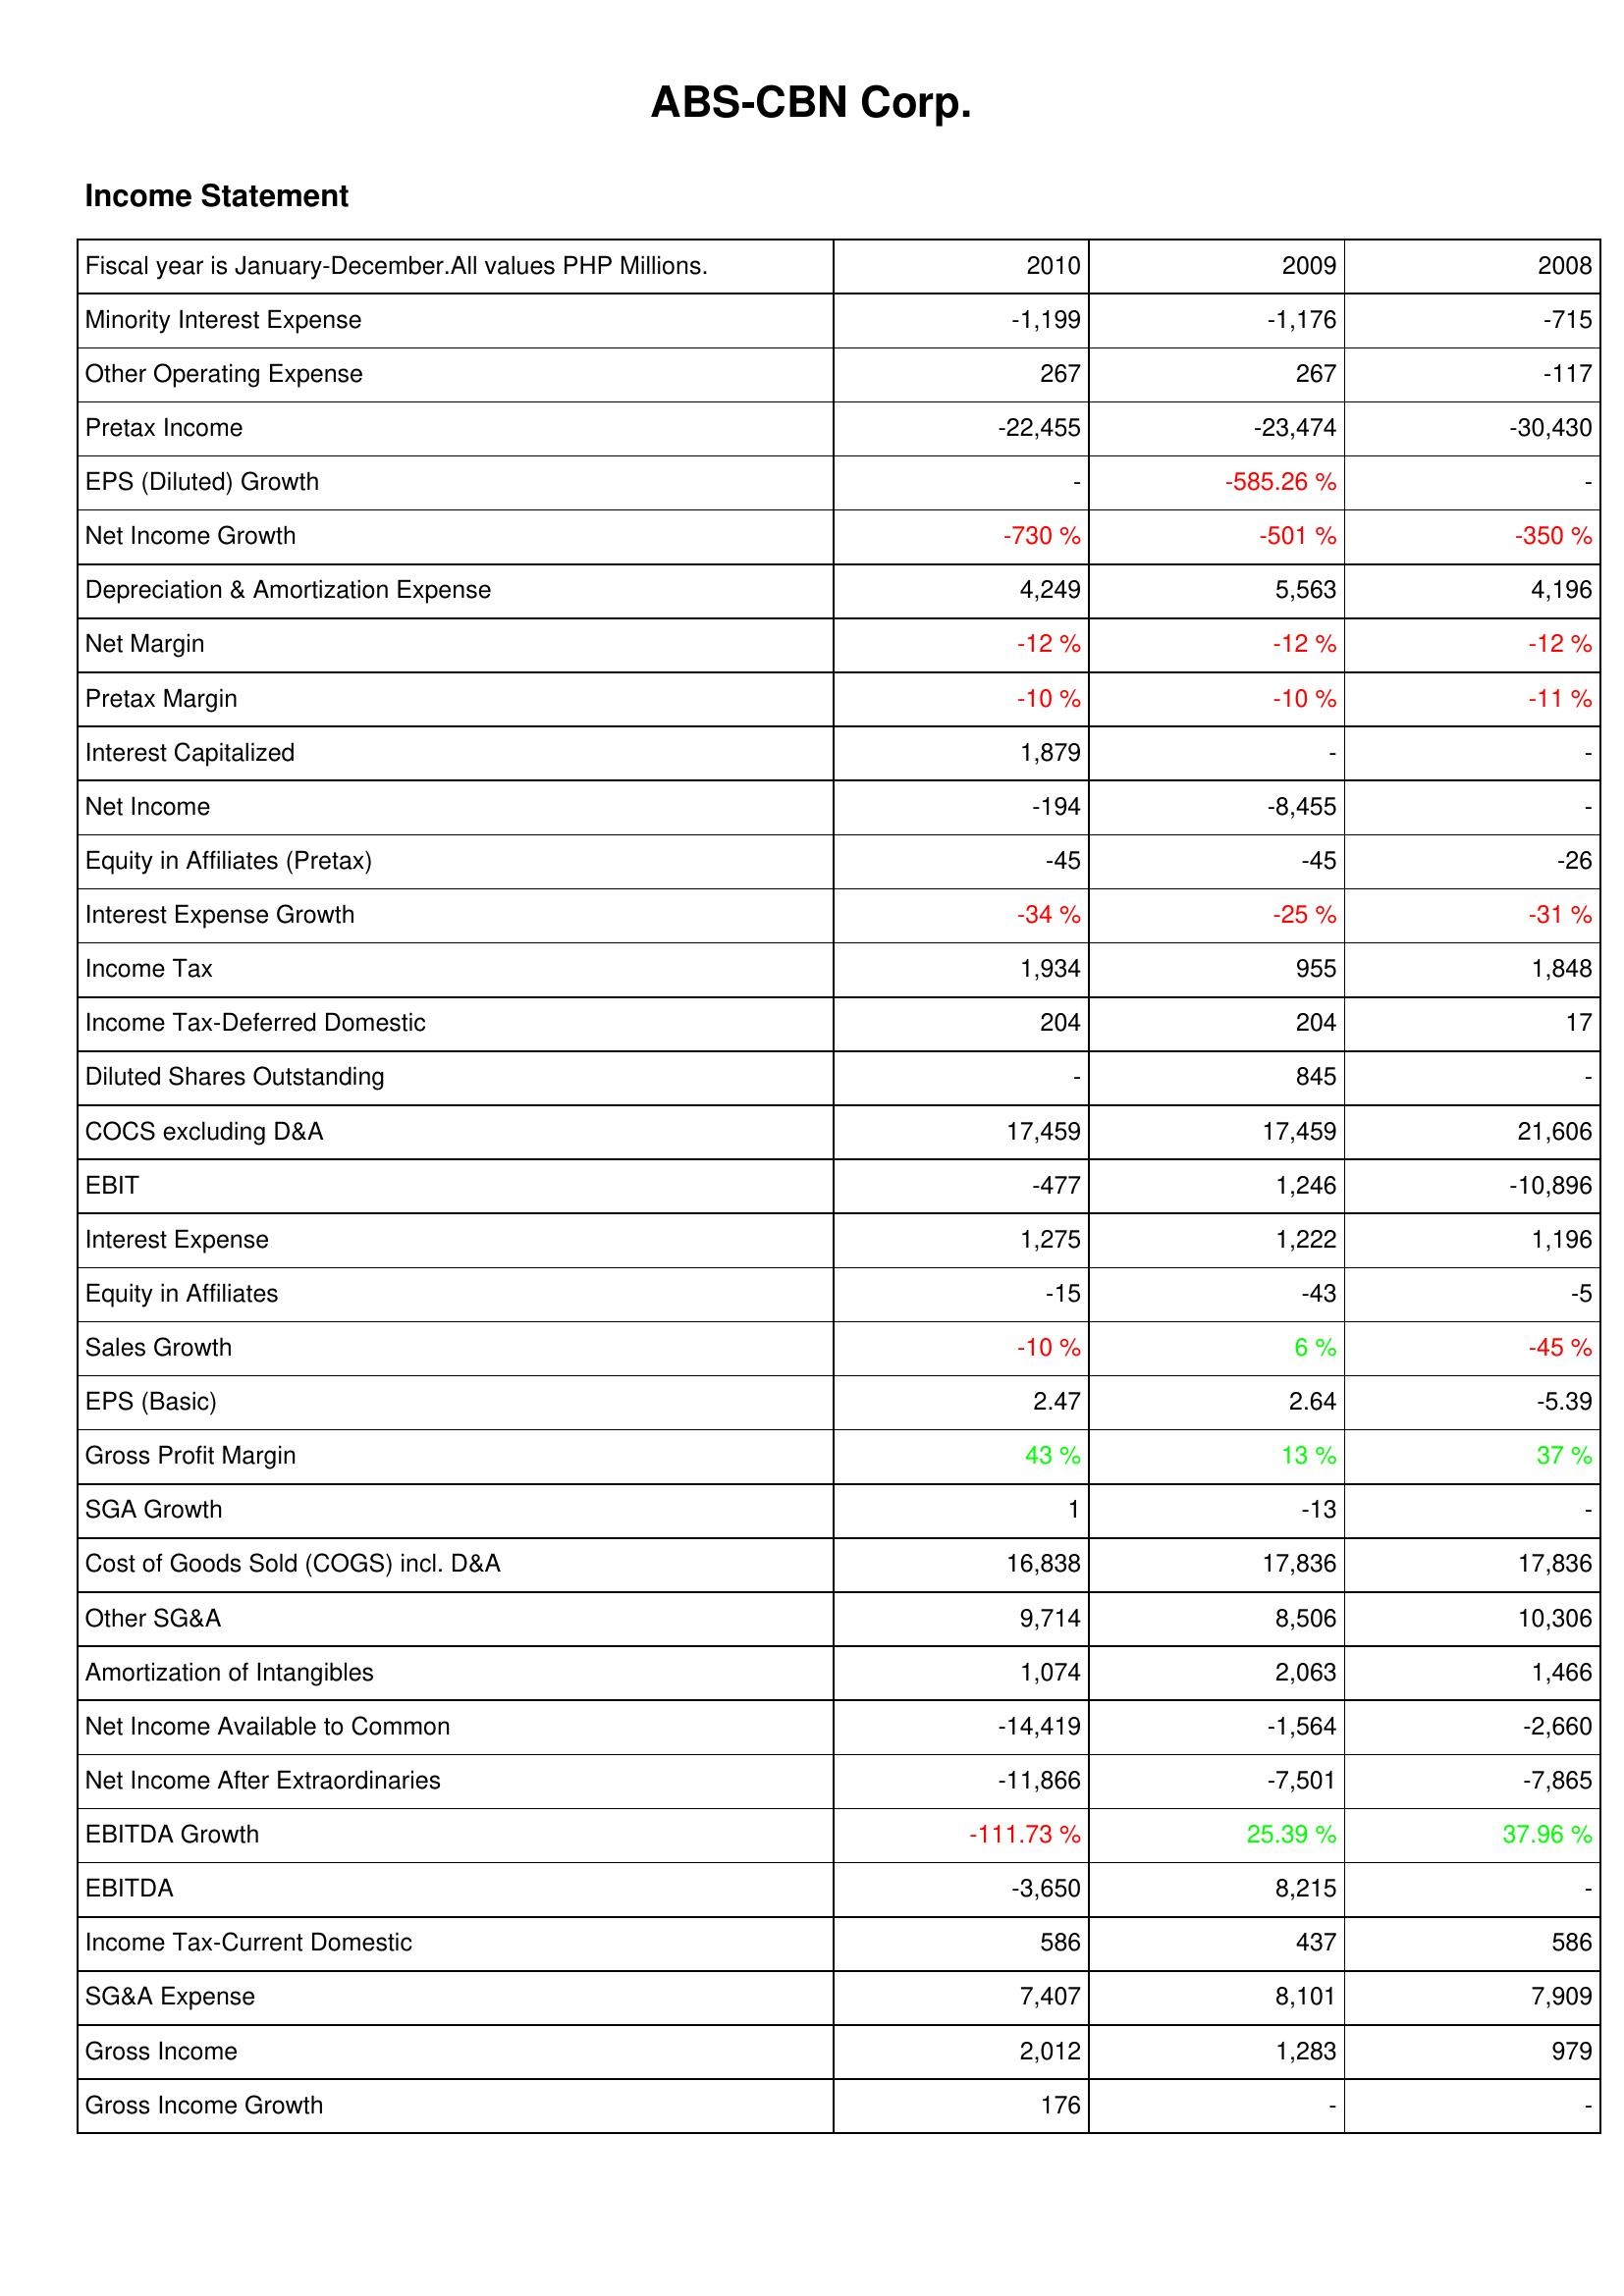
2010: Income Statement: Minority Interest Expense: -1,199
Other Operating Expense: 267
Pretax Income: -22,455
EPS (Diluted) Growth: -
Net Income Growth: -730 %
Depreciation & Amortization Expense: 4,249
Net Margin: -12 %
Pretax Margin: -10 %
Interest Capitalized: 1,879
Net Income: -194
Equity in Affiliates (Pretax): -45
Interest Expense Growth: -34 %
Income Tax: 1,934
Income Tax-Deferred Domestic: 204
Diluted Shares Outstanding: -
COCS excluding D&A: 17,459
EBIT: -477
Interest Expense: 1,275
Equity in Affiliates: -15
Sales Growth: -10 %
EPS (Basic): 2.47
Gross Profit Margin: 43 %
SGA Growth: 1
Cost of Goods Sold (COGS) incl. D&A: 16,838
Other SG&A: 9,714
Amortization of Intangibles: 1,074
Net Income Available to Common: -14,419
Net Income After Extraordinaries: -11,866
EBITDA Growth: -111.73 %
EBITDA: -3,650
Income Tax-Current Domestic: 586
SG&A Expense: 7,407
Gross Income: 2,012
Gross Income Growth: 176
2009: Income Statement: Minority Interest Expense: -1,176
Other Operating Expense: 267
Pretax Income: -23,474
EPS (Diluted) Growth: -585.26 %
Net Income Growth: -501 %
Depreciation & Amortization Expense: 5,563
Net Margin: -12 %
Pretax Margin: -10 %
Interest Capitalized: -
Net Income: -8,455
Equity in Affiliates (Pretax): -45
Interest Expense Growth: -25 %
Income Tax: 955
Income Tax-Deferred Domestic: 204
Diluted Shares Outstanding: 845
COCS excluding D&A: 17,459
EBIT: 1,246
Interest Expense: 1,222
Equity in Affiliates: -43
Sales Growth: 6 %
EPS (Basic): 2.64
Gross Profit Margin: 13 %
SGA Growth: -13
Cost of Goods Sold (COGS) incl. D&A: 17,836
Other SG&A: 8,506
Amortization of Intangibles: 2,063
Net Income Available to Common: -1,564
Net Income After Extraordinaries: -7,501
EBITDA Growth: 25.39 %
EBITDA: 8,215
Income Tax-Current Domestic: 437
SG&A Expense: 8,101
Gross Income: 1,283
Gross Income Growth: -
2008: Income Statement: Minority Interest Expense: -715
Other Operating Expense: -117
Pretax Income: -30,430
EPS (Diluted) Growth: -
Net Income Growth: -350 %
Depreciation & Amortization Expense: 4,196
Net Margin: -12 %
Pretax Margin: -11 %
Interest Capitalized: -
Net Income: -
Equity in Affiliates (Pretax): -26
Interest Expense Growth: -31 %
Income Tax: 1,848
Income Tax-Deferred Domestic: 17
Diluted Shares Outstanding: -
COCS excluding D&A: 21,606
EBIT: -10,896
Interest Expense: 1,196
Equity in Affiliates: -5
Sales Growth: -45 %
EPS (Basic): -5.39
Gross Profit Margin: 37 %
SGA Growth: -
Cost of Goods Sold (COGS) incl. D&A: 17,836
Other SG&A: 10,306
Amortization of Intangibles: 1,466
Net Income Available to Common: -2,660
Net Income After Extraordinaries: -7,865
EBITDA Growth: 37.96 %
EBITDA: -
Income Tax-Current Domestic: 586
SG&A Expense: 7,909
Gross Income: 979
Gross Income Growth: -